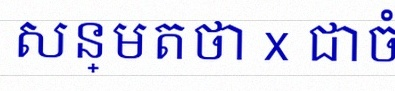
សន្មតថា x ជាចំនួនពិត